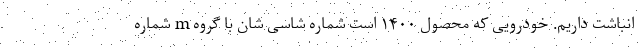
انباشت داریم. خودرویی که محصول ۱۴۰۰ است شماره شاسی شان با گروه m شماره